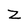
Character: z